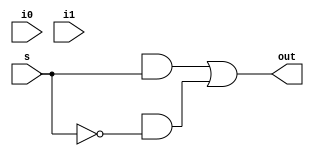
module MUX2x1(i0,i1,s,out);

input i0,i1,s;
output out;

wire w1, w2, w3;
and gate1(w1, b, s); 
not gate2(w2, s); 
and gate3(w3, a, w2);
or gate4(out, w1,w3);

endmodule